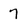
Character: 7